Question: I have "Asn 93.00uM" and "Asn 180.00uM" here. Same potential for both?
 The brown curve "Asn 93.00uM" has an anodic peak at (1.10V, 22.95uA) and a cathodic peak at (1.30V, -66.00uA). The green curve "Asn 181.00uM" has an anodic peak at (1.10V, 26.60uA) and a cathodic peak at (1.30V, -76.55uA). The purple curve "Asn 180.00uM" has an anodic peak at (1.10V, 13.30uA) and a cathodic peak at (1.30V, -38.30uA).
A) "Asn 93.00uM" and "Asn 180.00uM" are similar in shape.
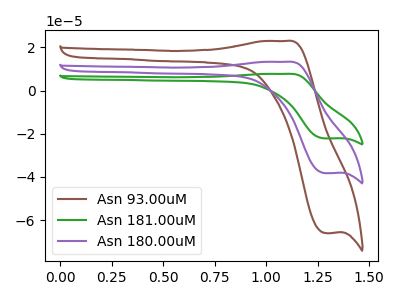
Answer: <think>All the peaks in "Asn 93.00uM" have a peak in "Asn 180.00uM" at the same potential. Every peak in "Asn 93.00uM" is higher than every peak in "Asn 180.00uM".
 </think>
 <answer>A) "Asn 93.00uM" and "Asn 180.00uM" are similar in shape.</answer>
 <eval>A</eval>